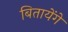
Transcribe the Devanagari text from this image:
बितायेंगे